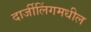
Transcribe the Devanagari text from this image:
दार्जीलिंगमधील